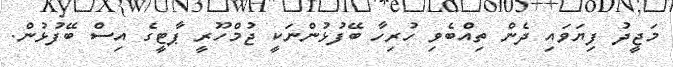
މަޖީދު ފިޔަވައި ދެން ތިއްބެވި ހުރިހާ ބޭފުޅުންނަކީ ޖުމްހޫރީ ޕާޓީގެ އިސް ބޭފުޅުން.